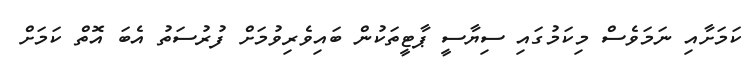
ކަމަށާއި ނަމަވެސް މިކަމުގައި ސިޔާސީ ޕާޓީތަކުން ބައިވެރިވުމަށް ފުރުސަތު އެބަ އޮތް ކަމަށް